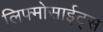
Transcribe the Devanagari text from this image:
लिफ्मोसाईट्स